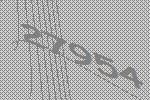
27954